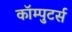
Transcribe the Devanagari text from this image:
कॉम्पुटर्स